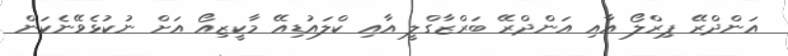
އަންދްރޭ ޕިރްލޯ އާއި އަންދްރޭ ބަރްޒާގްލީ އާއި ކްލައުޑިއޭ މާކީޒިއޯ އަށް ނުކުޅެވޭނެކަން